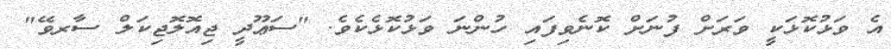
އެ ވަޅުކޮޅަކީ ވަރަށް ފުނަށް ކޮނެވިފައި ހުންނަ ވަޅުކޮޅެކެވެ. "ސަޢޫދީ ޖިއޮލޮޖިކަލް ސާރވޭ"